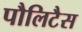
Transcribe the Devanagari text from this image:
पौलिटैस